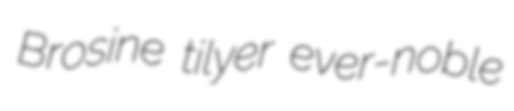
Brosine tilyer ever-noble